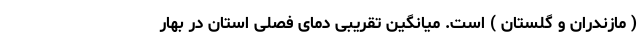
( مازندران و گلستان ) است. میانگین تقریبی دمای فصلی استان در بهار